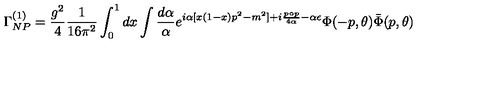
\Gamma _ { N P } ^ { ( 1 ) } = \frac { g ^ { 2 } } { 4 } \frac { 1 } { 1 6 \pi ^ { 2 } } \int _ { 0 } ^ { 1 } d x \int \frac { d \alpha } { \alpha } e ^ { i \alpha [ x ( 1 - x ) p ^ { 2 } - m ^ { 2 } ] + i \frac { p \circ p } { 4 \alpha } - \alpha \epsilon } \Phi ( - p , \theta ) \bar { \Phi } ( p , \theta )